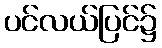
ပင်လယ်ပြင်၌